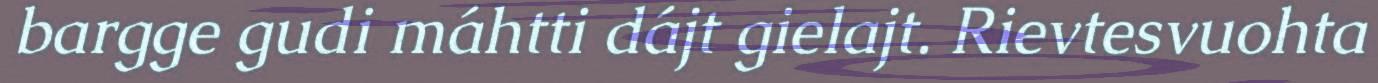
bargge gudi máhtti dájt gielajt. Rievtesvuohta